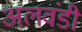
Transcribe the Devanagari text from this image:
अलवंडी